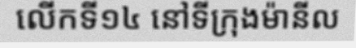
លើកទី១៤ នៅទីក្រុងម៉ានីល